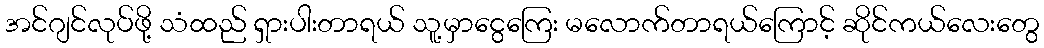
အင်ဂျင်လုပ်ဖို့ သံထည် ရှားပါးတာရယ် သူ့မှာငွေကြေး မလောက်တာရယ်ကြောင့် ဆိုင်ကယ်လေးတွေ